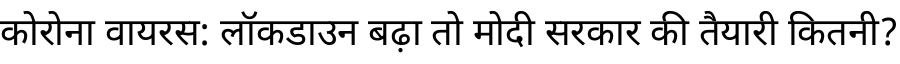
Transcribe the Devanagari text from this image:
कोरोना वायरस: लॉकडाउन बढ़ा तो मोदी सरकार की तैयारी कितनी?